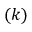
( k )